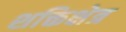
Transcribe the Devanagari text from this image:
शक्तिक्षेत्र